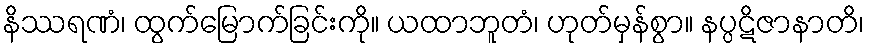
နိဿရဏံ၊ ထွက်မြောက်ခြင်းကို။ ယထာဘူတံ၊ ဟုတ်မှန်စွာ။ နပ္ပဋိဇာနာတိ၊